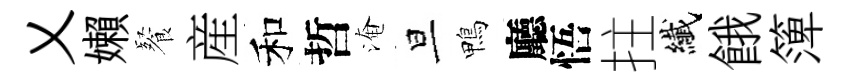
乂嬾餐産和哲淹旦鴨廳悟拄纎餓𥱼